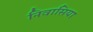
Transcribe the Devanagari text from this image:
निवासिया